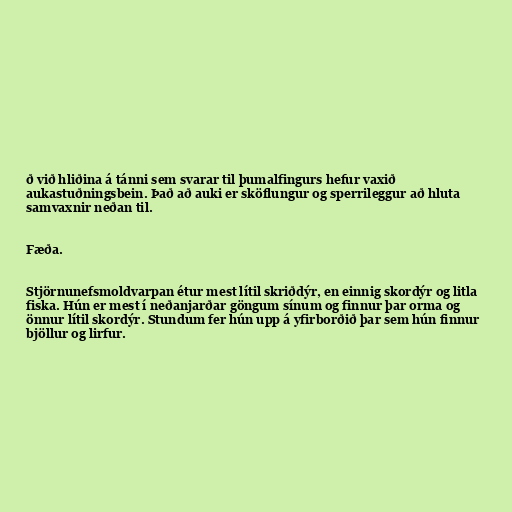
ð við hliðina á tánni sem svarar til þumalfingurs hefur vaxið
aukastuðningsbein. Það að auki er sköflungur og sperrileggur að hluta
samvaxnir neðan til.

Fæða.

Stjörnunefsmoldvarpan étur mest lítil skriðdýr, en einnig skordýr og litla
fiska. Hún er mest í neðanjarðar göngum sínum og finnur þar orma og
önnur lítil skordýr. Stundum fer hún upp á yfirborðið þar sem hún finnur
bjöllur og lirfur.